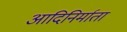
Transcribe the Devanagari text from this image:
आदिनिर्माता